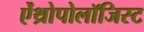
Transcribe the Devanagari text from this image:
ऐंथ्रोपोलॉजिस्ट